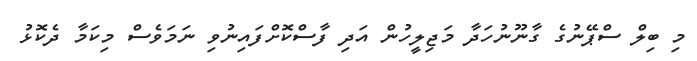
މި ބިލް ސްޕޭނުގެ ގާނޫނުހަދާ މަޖިލީހުން އަދި ފާސްކޮށްފައިނުވި ނަމަވެސް މިކަމާ ދެކޮޅު